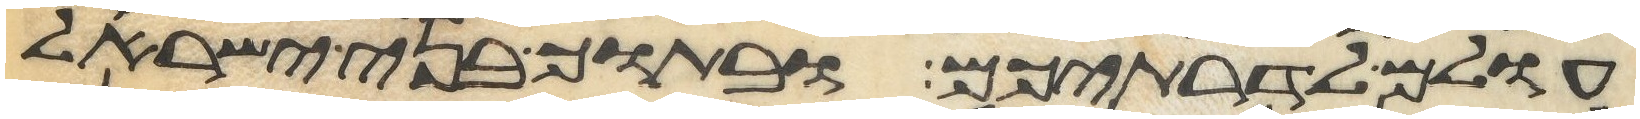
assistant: עולם לדרתיכם ובתוך בני ישראל